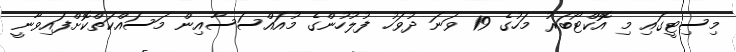
މިސިޓީގައި މި އޮކްޓޯބަރު މަހުގެ 19 ވަނަ ދުވަހު ފުލުހުންގެ މުއައްސަސާއިން މަސައްކަތްކޮށްފައިވާނީ